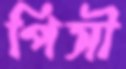
পিসী